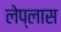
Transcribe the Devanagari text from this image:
लेप्लास